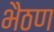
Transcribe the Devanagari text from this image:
भैठण